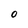
Character: O